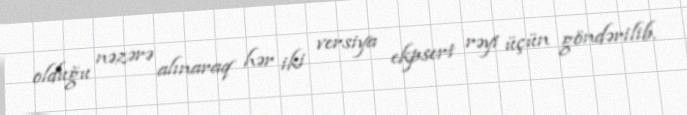
olduğu nəzərə alınaraq hər iki versiya ekpsert rəyi üçün göndərilib.